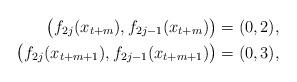
LaTeX: \begin{align*}\big(f_{2j}(x_{t+m}), f_{2j-1}(x_{t+m})\big) &= (0,2),\\\big(f_{2j}(x_{t+m+1}), f_{2j-1}(x_{t+m+1})\big) &= (0,3),\end{align*}